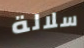
سلالة